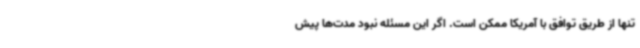
تنها از طریق توافق با آمریکا ممکن است. اگر این مسئله نبود مدت‌ها پیش